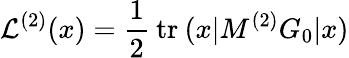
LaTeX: {\cal L}^{(2)}(x)=\frac 12\: \mathrm{tr}\: (x\vert M^{(2)}G_{0}\vert x)